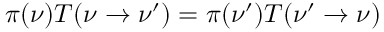
\pi ( \nu ) T ( \nu \to \nu ^ { \prime } ) = \pi ( \nu ^ { \prime } ) T ( \nu ^ { \prime } \to \nu )